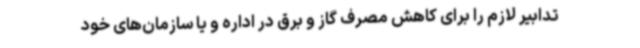
تدابیر لازم را برای کاهش مصرف گاز و برق در اداره و یا سازمان‌های خود